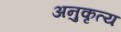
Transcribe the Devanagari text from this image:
अनुकृत्य